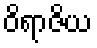
ဝိရာဇိယ